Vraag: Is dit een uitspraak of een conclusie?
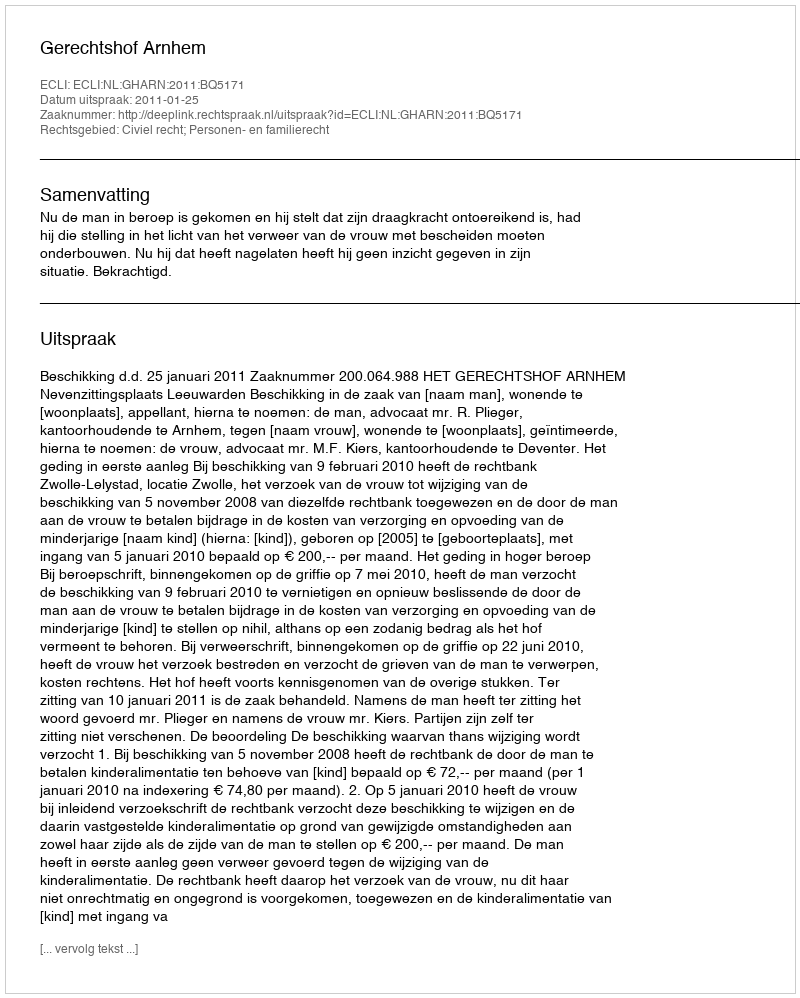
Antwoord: Uitspraak